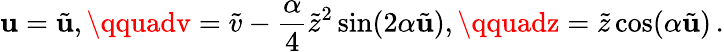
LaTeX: \mathbf{u}=\tilde{{\mathbf{u}}},\qquadv=\tilde{{v}}-\frac{{\alpha}}{{4}}\tilde{{z}}^{2}\sin(2\alpha\tilde{{\mathbf{u}}}),\qquadz=\tilde{{z}}\cos(\alpha\tilde{{\mathbf{u}}})\, .